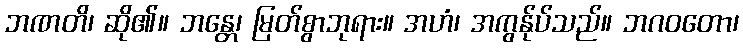
ဘဏတိ၊ ဆို၏။ ဘန္တေ၊ မြတ်စွာဘုရား။ အဟံ၊ အကွန်ုပ်သည်။ ဘဂဝတော၊